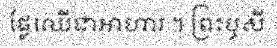
ផ្លែឈើជាអាហារ ។ ព្រះឬសី